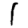
Digit: 1